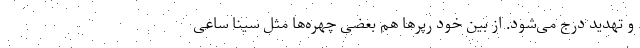
و تهدید درج می‌شود. از بین خود رپرها هم بعضی چهره‌ها مثل سینا ساعی